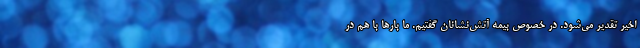
اخیر تقدیر می‌شود. در خصوص بیمه آتش‌نشانان گفتیم. ما بارها با هم در